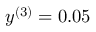
y ^ { ( 3 ) } = 0 . 0 5